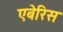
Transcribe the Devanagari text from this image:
एबेरिस